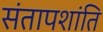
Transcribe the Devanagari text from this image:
संतापशांति